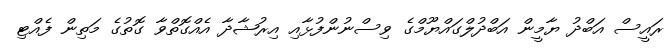
ރައީސް އަބްދު ޔާމީން އަބްދުލްގައްޔޫމްގެ ވިސްނުންފުޅާއި އިރުޝާދާ އެއްގޮތްވާ ގޮތުގެ މަތިން ފެއްޓި